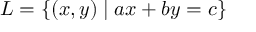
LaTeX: L = \{ ( x , y ) \mid a x + b y = c \}